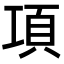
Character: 項